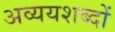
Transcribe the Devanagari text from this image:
अव्ययशब्दों